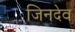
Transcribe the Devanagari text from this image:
जिनदेव